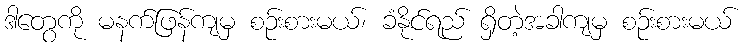
ဒါတွေကို မနက်ဖြန်ကျမှ စဉ်းစားမယ်၊ ခံနိုင်ရည် ရှိတဲ့အခါကျမှ စဉ်းစားမယ်